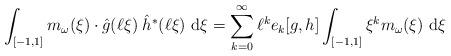
LaTeX: \begin{align*}\int_{[-1,1]} m_\omega(\xi) \cdot \hat g(\ell \xi) \; \hat h^*(\ell \xi) \ \mathrm{d} \xi &= \sum_{k=0}^\infty \ell^k e_k[g,h] \int_{[-1,1]} \xi^k m_\omega(\xi) \ \mathrm{d} \xi \end{align*}